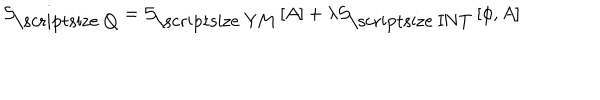
{ \mathcal S } _ { \mathrm { \scriptsize ~ Q } } = { \mathcal S } _ { \mathrm { \scriptsize ~ Y M } } \left[ A \right] + \lambda { \mathcal S } _ { \mathrm { \scriptsize ~ I N T } } \left[ \phi , A \right]